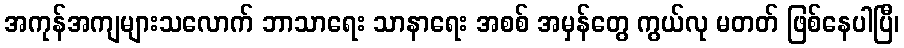
အကုန်အကျများသလောက် ဘာသာရေး သာနာရေး အစစ် အမှန်တွေ ကွယ်လု မတတ် ဖြစ်နေပါပြီ၊